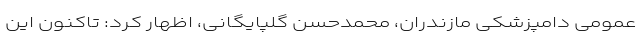
عمومی دامپزشکی مازندران، محمدحسن گلپایگانی، اظهار کرد: تاکنون این